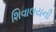
શિવાલયની